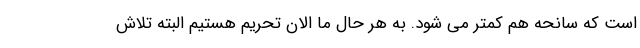
است که سانحه هم کمتر می شود. به هر حال ما الان تحریم هستیم البته تلاش